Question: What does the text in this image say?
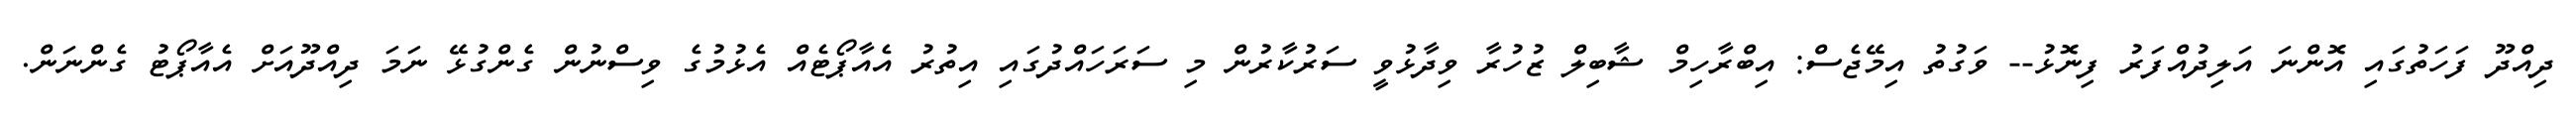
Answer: ދިއްދޫ ފަހަތުގައި އޮންނަ އަލިދުއްފަރު ފިނޮޅު-- ވަގުތު އިމޭޖެސް: އިބްރާހިމް ޝާބިލް ޒުހުރާ ވިދާޅުވީ ސަރުކާރުން މި ސަރަހައްދުގައި އިތުރު އެއާޕޯޓެއް އެޅުމުގެ ވިސްނުން ގެންގުޅޭ ނަމަ ދިއްދޫއަށް އެއާޕޯޓު ގެންނަން.